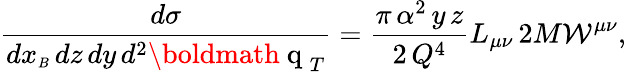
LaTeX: \frac{d\sigma}{dx_{\scriptscriptstyle B}\, dz\, dy\, d^{2}\mathrm{\boldmath~q~}_{T}}=\frac{\pi\, \alpha^{2}\, y\, z}{2\, Q^{4}}L_{\mu\nu}\, 2M{\cal W}^{\mu\nu},